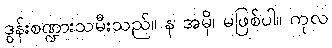
ဒွန်းစဏ္ဍားသမီးသည်။ န အမှိ၊ မဖြစ်ပါ။ ကုလ